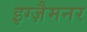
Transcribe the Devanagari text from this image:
इग्ज़ैमनर